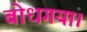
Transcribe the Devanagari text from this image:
बोधगया।